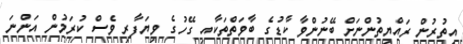
އިތުރުން ރައްޔިތުންނަށް ބޭނުންވާ ކާޑުގެ ބާވަތްތަކާއި ގޭހުގެ ވިޔަފާރި ވެސް ކުރަމުން އަންނަ